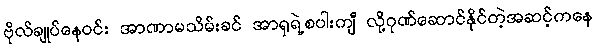
ဗိုလ်ချုပ်နေဝင်း အာဏာမသိမ်းခင် အာရှရဲ့စပါးကျီ လို့ဂုဏ်ဆောင်နိုင်တဲ့အဆင့်ကနေ